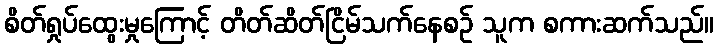
စိတ်ရှုပ်ထွေးမှုကြောင့် တိတ်ဆိတ်ငြိမ်သက်နေစဉ် သူက စကားဆက်သည်။